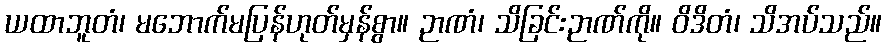
ယထာဘူတံ၊ မဘောက်မပြန်ဟုတ်မှန်စွာ။ ဉာဏံ၊ သိခြင်းဉာဏ်ကို။ ဝိဒိတံ၊ သိအပ်သည်။